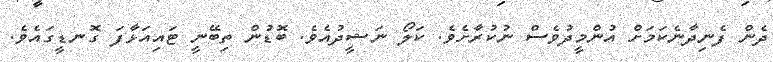
ދެން ފެނިދާނެކަމަށް އުންމީދުވެސް ނުކުރާށެވެ. ކަލޯ ނަޝީދުއެވެ. ބޮޑުން ތިބޭނީ ޓައިއަޅާފަ ގޮނޑީގައެވެ.